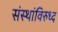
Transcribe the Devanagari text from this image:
संस्थांविरुध्द